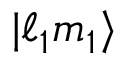
\vert \ell _ { 1 } m _ { 1 } \rangle